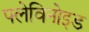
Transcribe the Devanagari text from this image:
फ्लेविनोइड